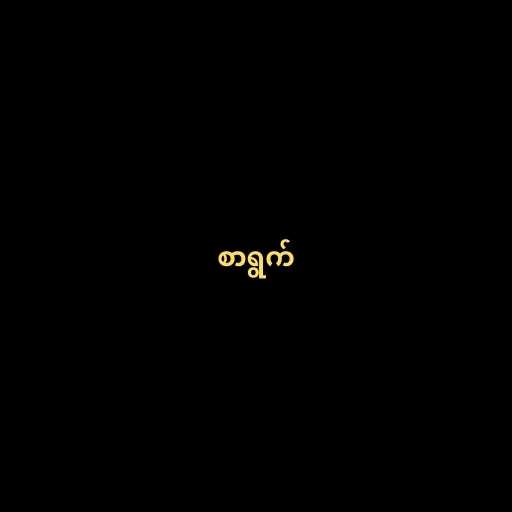
စာရွက်